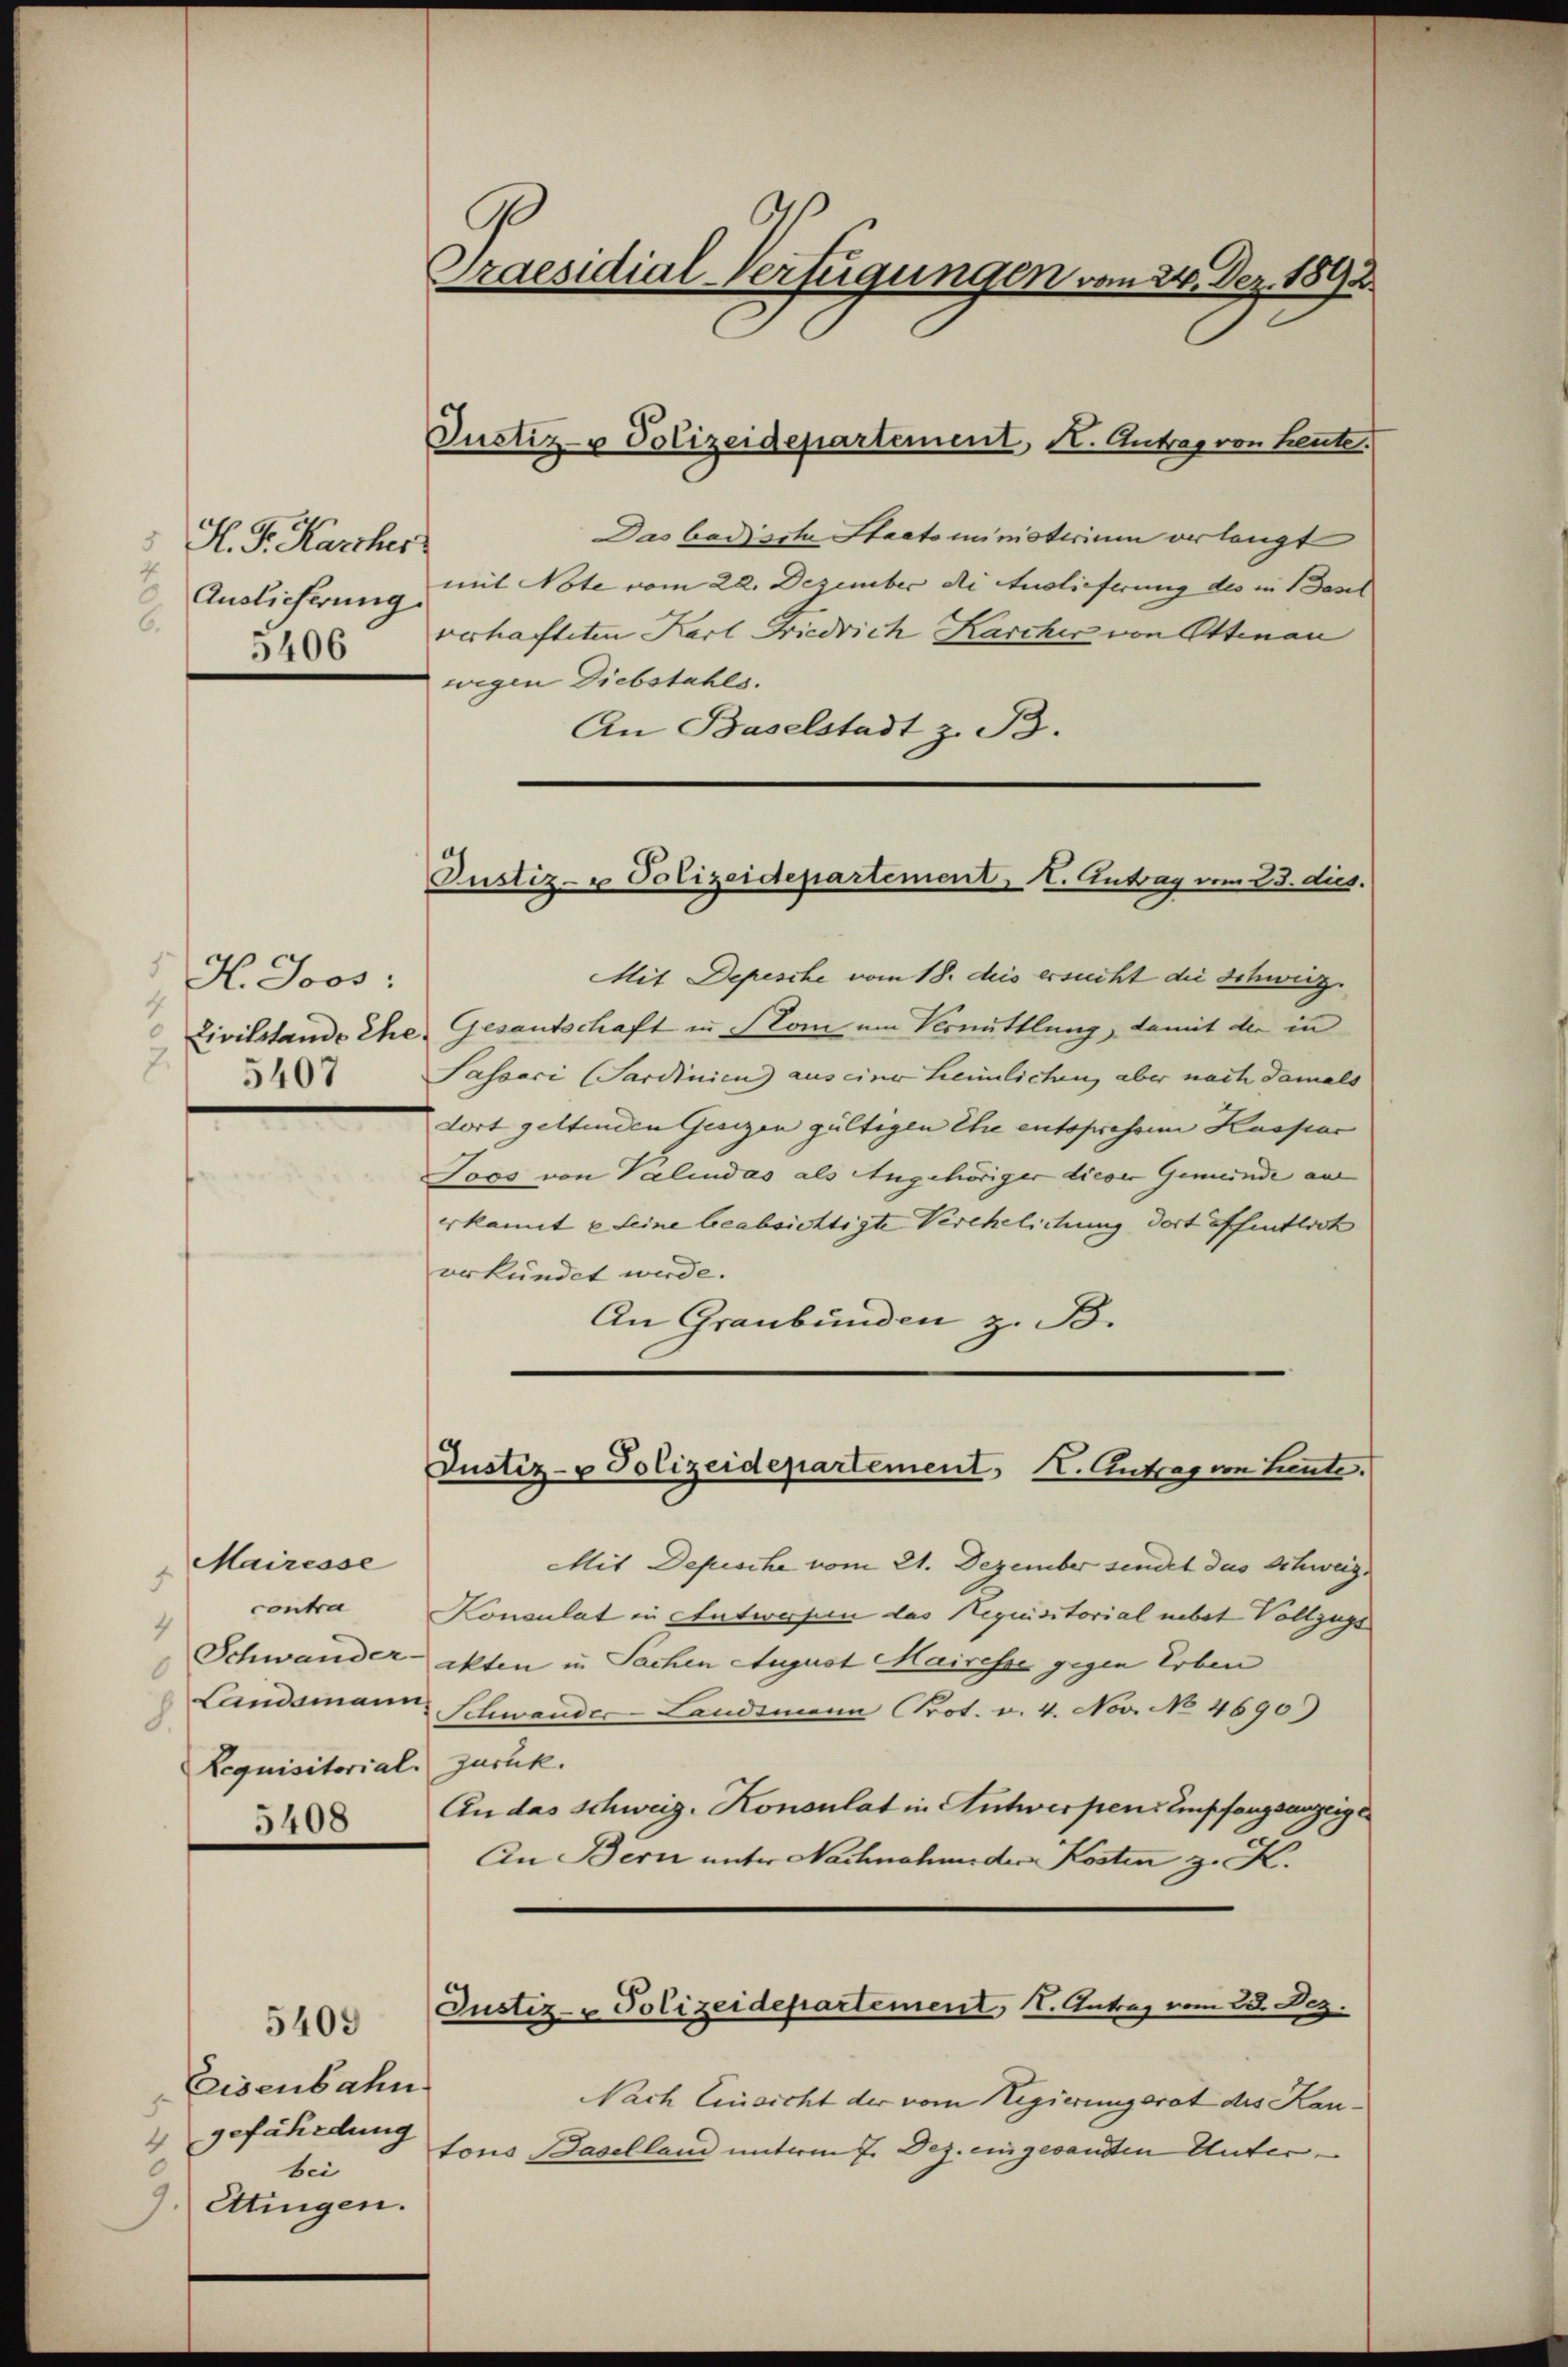
H. G. Karcher
Auslieferung.
6.
5406

H. Joos:
4
Civilstande Ehe
 5407

Mairesse
1
 contra
Schwander
Landamann
Lequisitorial
5408

5409

Eisenbahn
gefährdung
4
bei
9. Ettingen.

Praesidial-Verfügungen vom 24. Dez. 1892.

Justiz- & Polizeidepartement, Kt. Antrag von heute.
Das badische Staatoministerium erlangt
mit Note vom 22. Dezember die Auslieferung des in Basel
verhafteten Karl Friedrich Karcher von Ottenan
wegen Diebstahls.
An Baselstadt z. B.
Mit Depesche vom 18. deis ersucht die Schweiz.
Gesantschaft in Son um Vermittlung, damit der in
Sassoci (Sardinien aus einer heimlichen, aber nach damals
dort geltenden Gesizen gültigen Ehe entspressen Kaspar
Joos von Paliudas als Angehöriger dieser Gemeinde au
erkannt u seine beabsichtigte Verehelichung dort öffentlich
erkündet werde.
An Graubünden z. B.
Justiz- & Polizeidepartement, I. Antrag von Leute.
Mit Depesche vom 21. Dezember sendet das Schweig
Konsulat in Antworfen das Requisitorial nebst Vollzugs
ekten in Sachen August Mairesse gegen Erben
Schwander Landsmann Prot. v. 4. Nov. No 4690)
zurück.
An das Schweiz. Konsulat in Antwerpen Empfangsanzeige
An Bern unter Nachnahme der Kosten z. K.
Justiz- & Polizeidepartement, 11. Antrag vom 28. Dez.
Nach Einsicht der vom Regierungsrat des Kantons Baselland unterm 7. Dez. eingesanden Unter¬

Justiz- u Polizeidepartement. Antrag vom 23. dies.